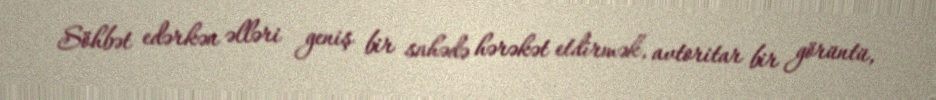
Söhbət edərkən əlləri geniş bir sahədə hərəkət etdirmək, avtoritar bir görüntü,